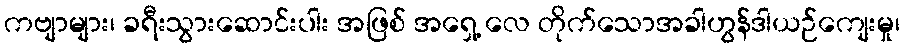
ကဗျာများ၊ ခရီးသွားဆောင်းပါး အဖြစ် အရှေ့ လေ တိုက်သောအခါဟွန်ဒါယဉ်ကျေးမှု၊